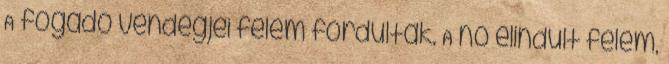
A fogadó vendégjei felém fordultak. A nő elindult felém,